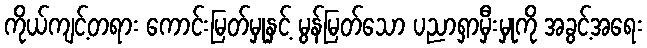
ကိုယ်ကျင့်တရား ကောင်းမြတ်မှုနှင့် မွန်မြတ်သော ပညာရှာမှီးမှုကို အခွင့်အရေး